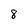
Character: 8